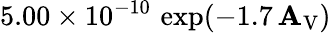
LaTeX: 5.00\times10^{-10}\, \exp(-1.7\, \mathbf{A}_{\mathrm{{V}}})